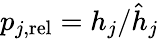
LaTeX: \begin{array}{r}{p_{j,\mathrm{rel}}=h_{j}/\hat{h}_{j}}\end{array}